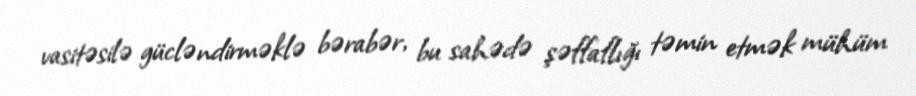
vasitəsilə gücləndirməklə bərabər, bu sahədə şəffaflığı təmin etmək mühüm